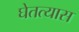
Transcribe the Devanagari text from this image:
घेतत्यास